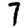
Digit: 7